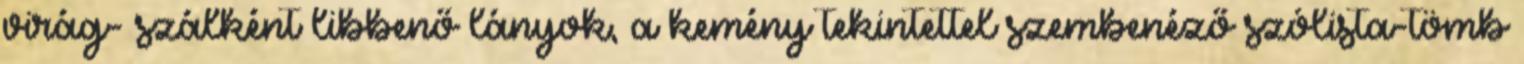
virág- szálként libbenő lányok, a kemény tekintettel szembenéző szólista-tömb